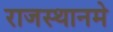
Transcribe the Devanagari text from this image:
राजस्थानमे